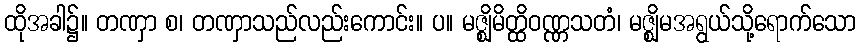
ထိုအခါ၌။ တဏှာ စ၊ တဏှာသည်လည်းကောင်း။ ပ။ မဇ္ဈိမိတ္ထိဝဏ္ဏသတံ၊ မဇ္ဈိမအရွယ်သို့ရောက်သော